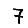
Digit: 7